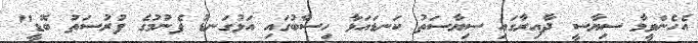
އެހެންވީމާ ސިޔާސީ ދާއިރާގައި ސިޔާސަތު ކަނޑައަޅާ ހިސާބުގައި އަޅުގަނޑު ފެނުމުގެ ފުރުސަތު ބޮޑީ"